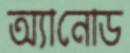
অ্যানোড